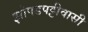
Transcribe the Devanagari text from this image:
झोपडपट्टीवासी